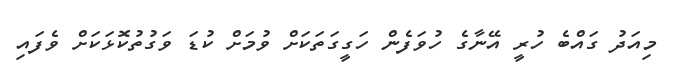
މިއަދު ގައްބެ ހުރީ އޭނާގެ ހުވަފެން ހަގީގަތަކަށް ވުމަށް ކުޑަ ވަގުތުކޮޅަކަށް ވެފައި